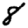
Digit: 8